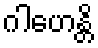
ဂါဟေန္တိ